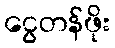
ငွေတန်ဖိုး